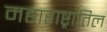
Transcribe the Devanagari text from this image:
महाराष्ट्रातिल